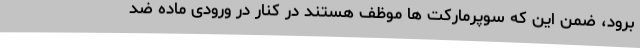
برود، ضمن این که سوپرمارکت ها موظف هستند در کنار در ورودی ماده ضد